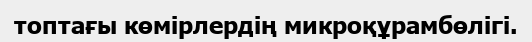
топтағы көмірлердің микроқұрамбөлігі.